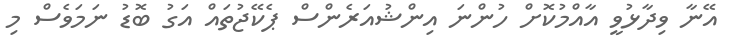
އޭނާ ވިދާޅުވީ އާއްމުކޮށް ހުންނަ އިންޝުއަރެންސް ޕެކޭޖުތައް އަގު ބޮޑު ނަމަވެސް މި